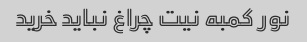
نور کمبه نیت چراغ نباید خرید